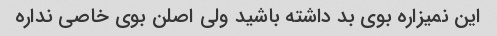
این نمیزاره بوی بد داشته باشید ولی اصلن بوی خاصی نداره